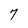
Character: 7